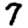
Digit: 7